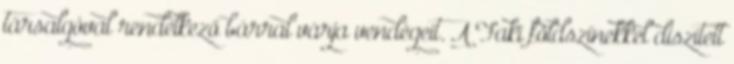
társalgóval rendelkező bárral várja vendégeit. A Faki földszínekkel díszített